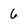
Character: 6